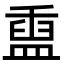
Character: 𬐬